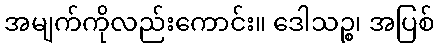
အမျက်ကိုလည်းကောင်း။ ဒေါသဉ္စ၊ အပြစ်